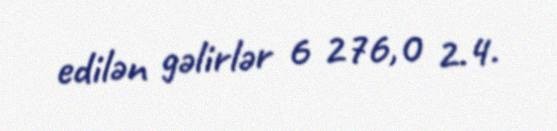
edilən gəlirlər 6 276,0 2.4.